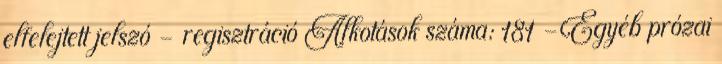
elfelejtett jelszó - regisztráció Alkotások száma: 181 -Egyéb prózai